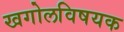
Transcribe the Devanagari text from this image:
खगोलविषयक